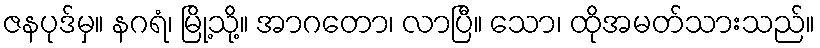
ဇနပုဒ်မှ။ နဂရံ၊ မြို့သို့။ အာဂတော၊ လာပြီ။ သော၊ ထိုအမတ်သားသည်။